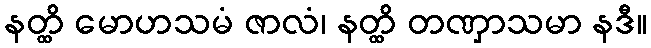
နတ္ထိ မောဟသမံ ဇာလံ၊ နတ္ထိ တဏှာသမာ နဒီ။